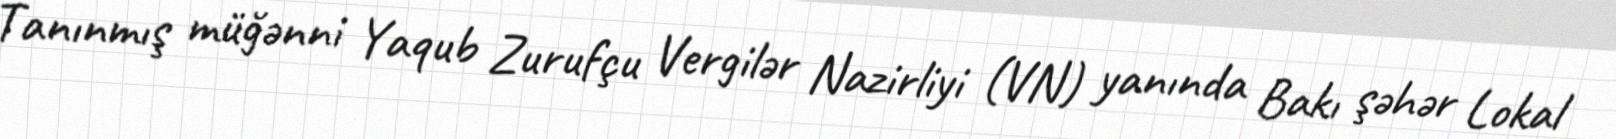
Tanınmış müğənni Yaqub Zurufçu Vergilər Nazirliyi (VN) yanında Bakı şəhər Lokal